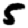
Digit: 5